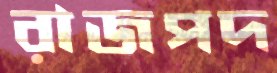
রাজপদ